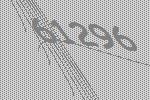
61296